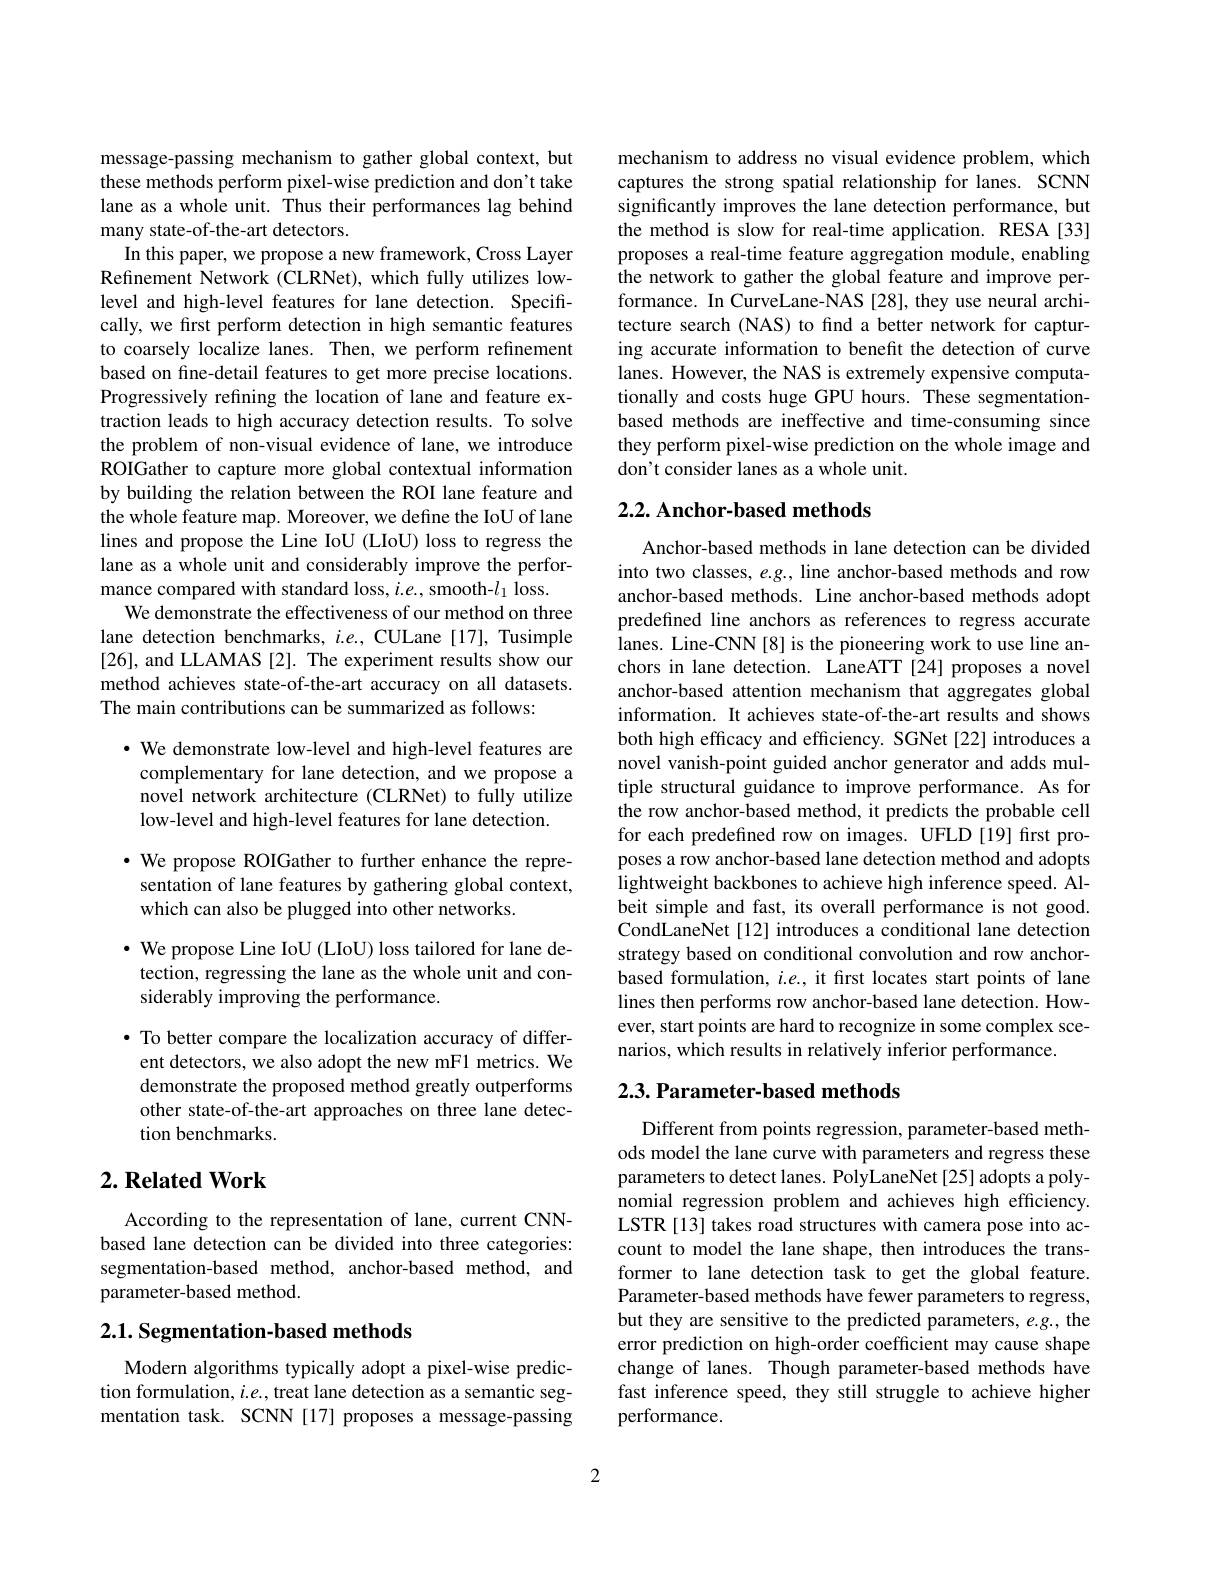
message-passing mechanism to gather global context, but these methods perform pixel-wise prediction and don't take lane as a whole unit. Thus their performances lag behind many state-of-the-art detectors.
In this paper, we propose a new framework, Cross Layer Refinement Network (CLRNet), which fully utilizes lowlevel and high-level features for lane detection. Specifically, we first perform detection in high semantic features to coarsely localize lanes. Then, we perform refinement based on fine-detail features to get more precise locations. Progressively refining the location of lane and feature extraction leads to high accuracy detection results. To solve the problem of non-visual evidence of lane, we introduce ROIGather to capture more global contextual information by building the relation between the ROI lane feature and the whole feature map. Moreover, we define the IoU of lane lines and propose the Line IoU (LIoU) loss to regress the lane as a whole unit and considerably improve the performance compared with standard loss, $i.e.$, smooth-$l_1$ loss.
We demonstrate the effectiveness of our method on three lane detection benchmarks, $i.e.$, CULane [17], Tusimple [26], and LLAMAS [2]. The experiment results show our method achieves state-of-the-art accuracy on all datasets. The main contributions can be summarized as follows:

· We demonstrate low-level and high-level features are complementary for lane detection, and we propose a novel network architecture (CLRNet) to fully utilize low-level and high-level features for lane detection.

· We propose ROIGather to further enhance the representation of lane features by gathering global context, which can also be plugged into other networks.

$\cdot$ We propose Line IoU (LIoU) loss tailored for lane detection, regressing the lane as the whole unit and considerably improving the performance.

· To better compare the localization accuracy of differ-
ent detectors, we also adopt the new mF1 metrics. We demonstrate the proposed method greatly outperforms other state-of-the-art approaches on three lane detection benchmarks.

## $2. \textbf{Related Work}$

According to the representation of lane, current CNNbased lane detection can be divided into three categories: segmentation-based method, anchor-based method, and parameter-based method.

## $2. 1. \textbf{ Segmentation- based methods}$

Modern algorithms typically adopt a pixel-wise prediction formulation, $i.e.$, treat lane detection as a semantic segmentation task. SCNN [17] proposes a message-passing

mechanism to address no visual evidence problem, which captures the strong spatial relationship for lanes. SCNN significantly improves the lane detection performance, but the method is slow for real-time application. RESA[33] proposes a real-time feature aggregation module, enabling the network to gather the global feature and improve performance. In CurveLane-NAS [28], they use neural architecture search (NAS) to find a better network for capturing accurate information to benefit the detection of curve lanes. However, the NAS is extremely expensive computationally and costs huge GPU hours. These segmentationbased methods are ineffective and time-consuming since they perform pixel-wise prediction on the whole image and don't consider lanes as a whole unit.

## 2.2. Anchor-based methods

Anchor-based methods in lane detection can be divided into two classes, e.g., line anchor-based methods and row anchor-based methods. Line anchor-based methods adopt predefined line anchors as references to regress accurate lanes. Line-CNN[8] is the pioneering work to use line anchors in lane detection. LaneATT [24] proposes a novel anchor-based attention mechanism that aggregates global information. It achieves state-of-the-art results and shows both high efficacy and efficiency. SGNet [22] introduces a novel vanish-point guided anchor generator and adds multiple structural guidance to improve performance. As for the row anchor-based method, it predicts the probable cell for each predefined row on images. UFLD [19] first proposes a row anchor-based lane detection method and adopts lightweight backbones to achieve high inference speed. Albeit simple and fast, its overall performance is not good. CondLaneNet [12] introduces a conditional lane detection strategy based on conditional convolution and row anchorbased formulation, $i.e.$, it first locates start points of lane lines then performs row anchor-based lane detection. However, start points are hard to recognize in some complex scenarios, which results in relatively inferior performance.

## 2.3. Parameter-based methods

Different from points regression, parameter-based methods model the lane curve with parameters and regress these parameters to detect lanes. PolyLaneNet [25] adopts a polynomial regression problem and achieves high efficiency. LSTR [13] takes road structures with camera pose into account to model the lane shape, then introduces the transformer to lane detection task to get the global feature. Parameter-based methods have fewer parameters to regress, but they are sensitive to the predicted parameters, e.g., the error prediction on high-order coefficient may cause shape change of lanes. Though parameter-based methods have fast inference speed, they still struggle to achieve higher performance.

2